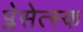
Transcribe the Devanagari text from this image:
प्लेसेत्स्क